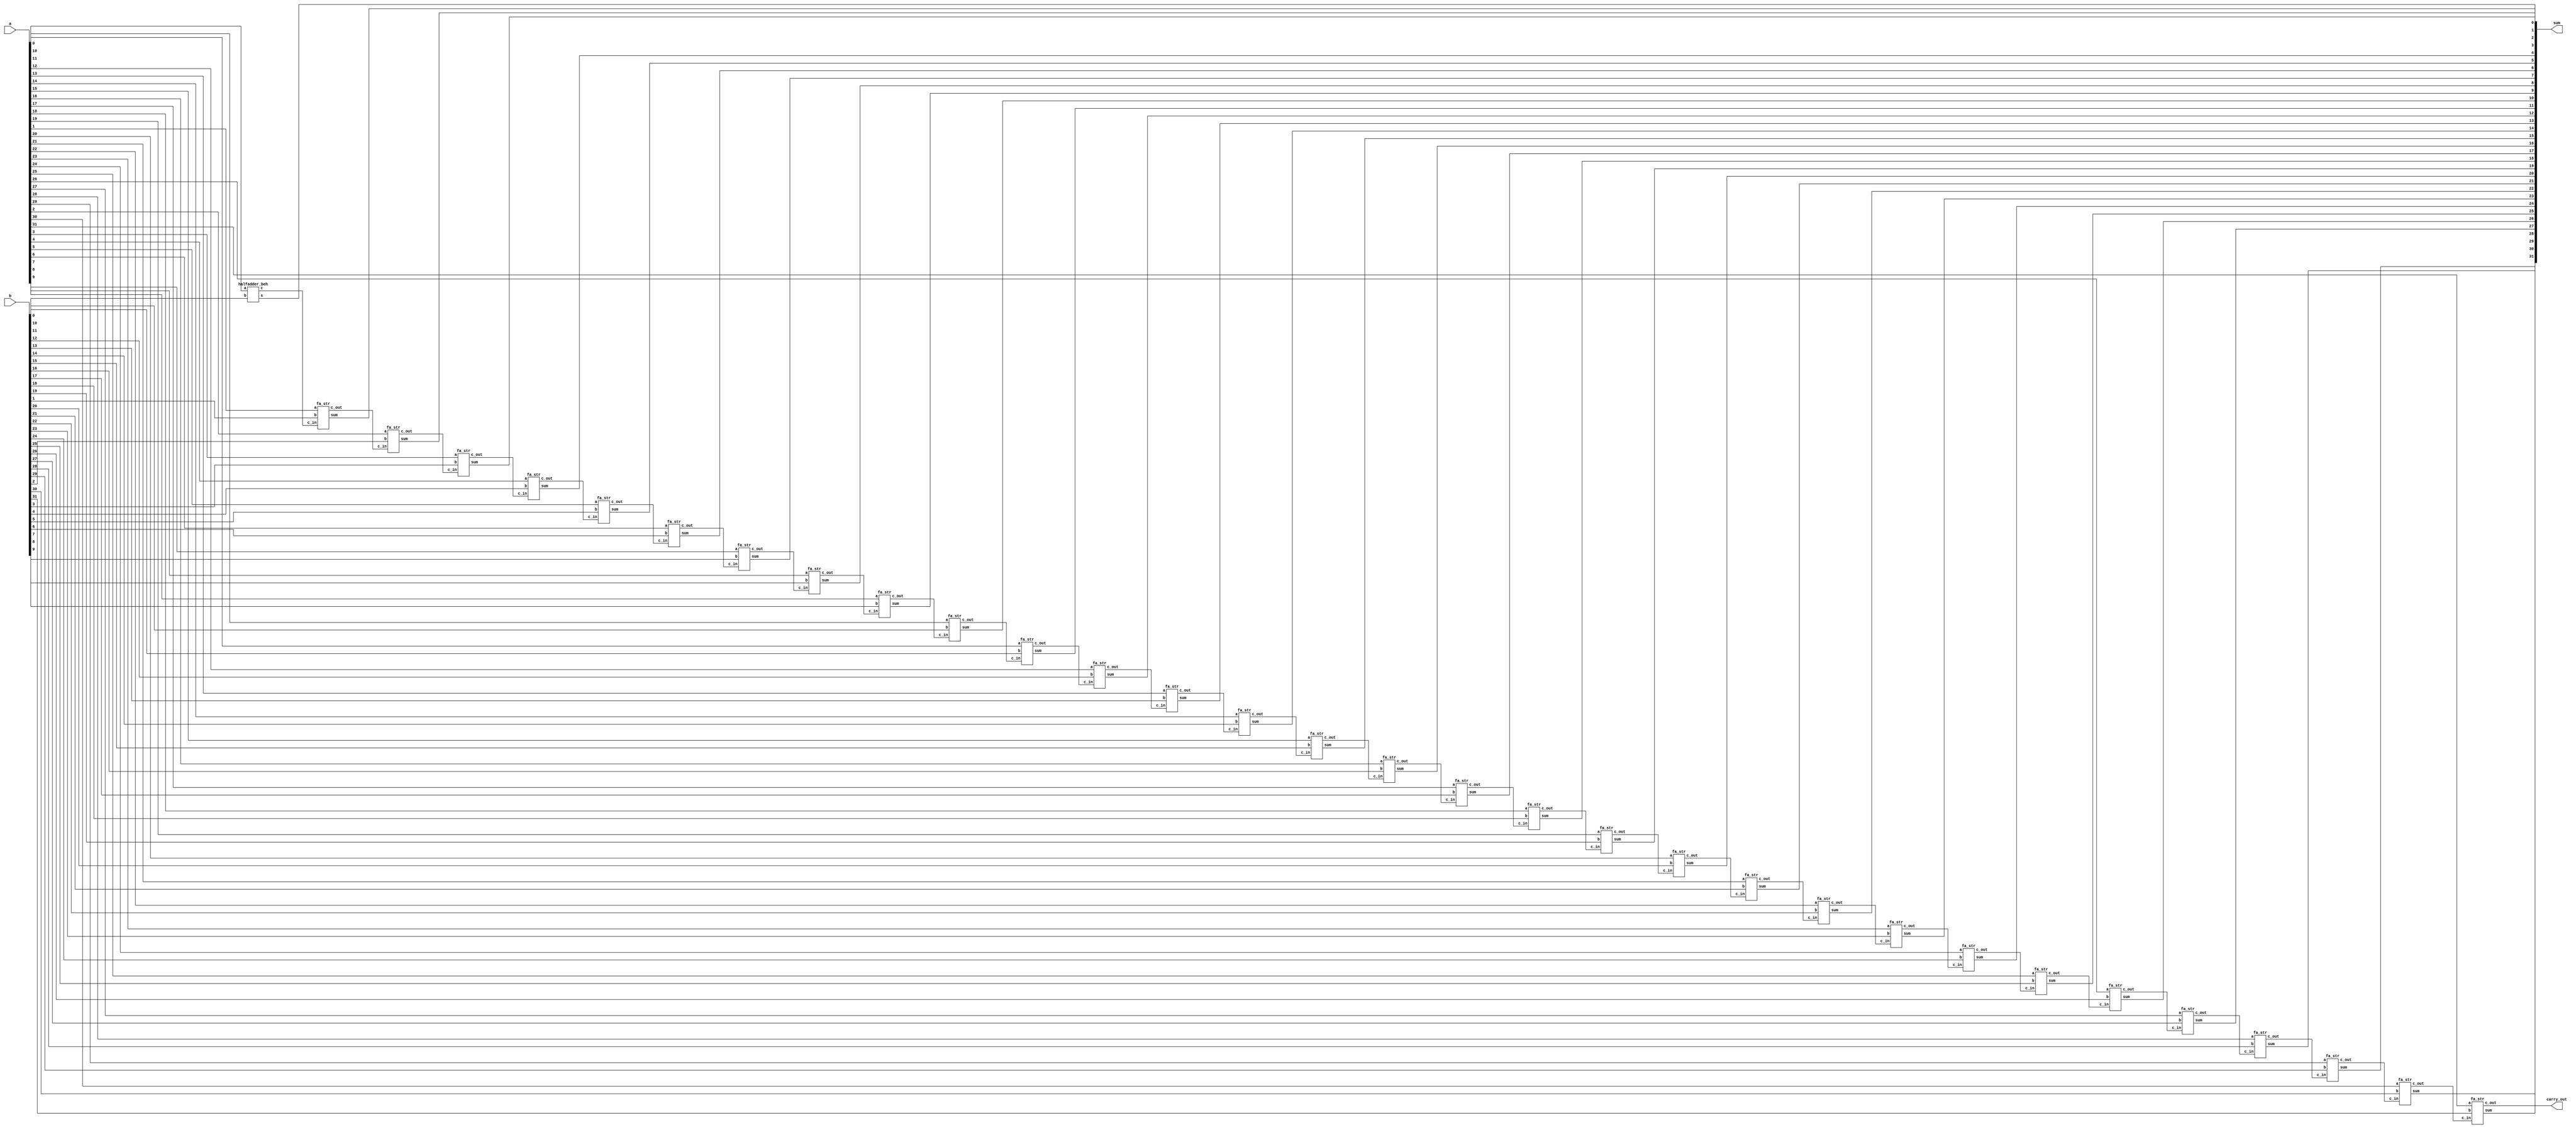
`timescale 1ns / 1ps



module adder_32(a,b,sum,carry_out);
parameter N=32;
input [N-1:0] a,b;
output[N-1:0] sum;
output carry_out;
wire [N-1:0] carry;

genvar i;
generate
for(i=0;i<N;i=i+1)
begin 
if(i==0)
halfadder_beh g1(.a(a[0]),.b(b[0]),.c(carry[0]),.s(sum[0]));
else

 fa_str g2(.sum(sum[i]),.c_out(carry[i]),.a(a[i]),.b(b[i]),.c_in(carry[i-1]));
 
  assign carry_out = carry[N-1];
end
endgenerate
endmodule
module halfadder_beh(s,c,a,b);
    input a,b;
    output reg s,c;
    always@(*)
    begin
    s=a^b;
    c=a&b;
    end
endmodule

module fa_str(sum,c_out,a,b,c_in);
    input a,b,c_in;
    output sum,c_out;
    wire t1,t2,k;
    xor g1(t1,a,b);
    xor g2(sum,t1,c_in);
    and g3(t2,t1,c_in);
    and g4(k,a,b);
    or g5(c_out,k,t2);
endmodule